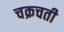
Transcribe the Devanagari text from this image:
चक्रचती